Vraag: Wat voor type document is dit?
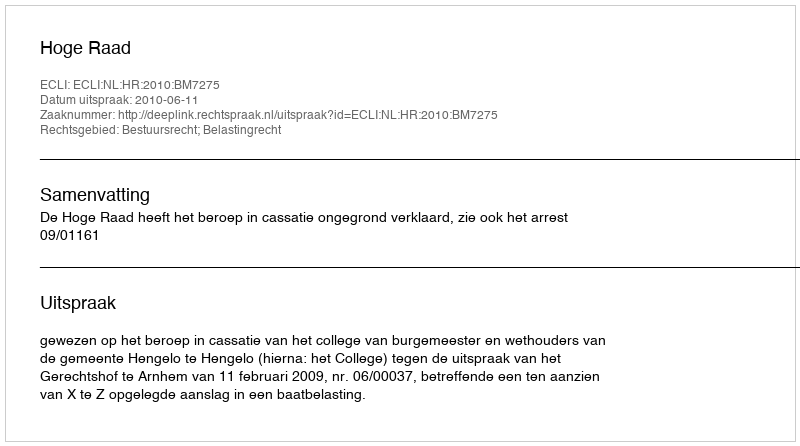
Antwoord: Uitspraak